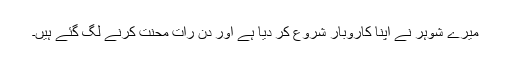
میرے شوہر نے اپنا کاروبار شروع کر دیا ہے اور دن رات محنت کرنے لگ گئے ہیں۔